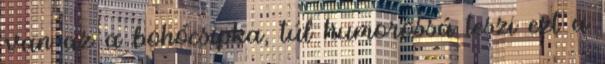
van az a bohócsipka, túl humorossá teszi ezt a